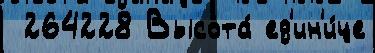
 264228 Высота́ ед'ин'и́це